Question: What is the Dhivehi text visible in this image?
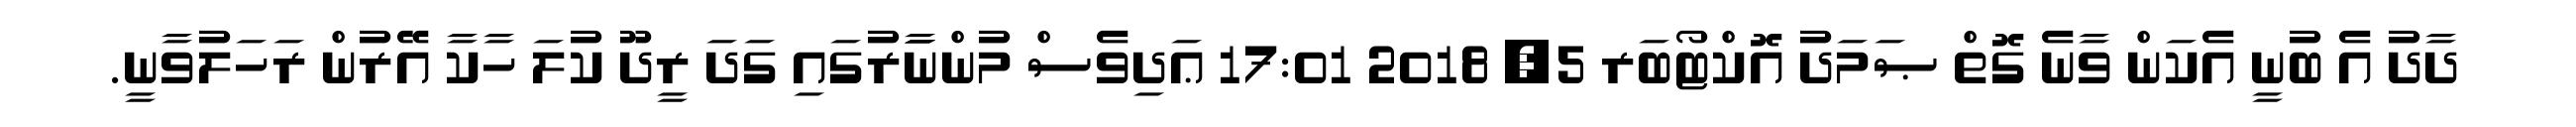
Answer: ދާދު އެ ބުނީ އެކަން ވާނެ ގޮތް ޞަމަދު އޮކްޓޯބަރ 5, 2018 17:01 ޢަދިވެސް މުންނަަާރުގައި ގަދަ ރީދޫ ކުލަ ހާކާ އޭރުން ރަހަލުވާނީ.